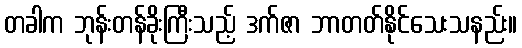
တခါက ဘုန်းတန်ခိုးကြီးသည့် ဒက်ဇာ ဘာတတ်နိုင်သေးသနည်း။